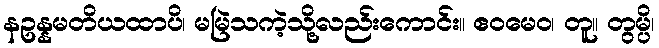
နဥန္နမတိယထာပိ၊ မမြဲသကဲ့သို့လည်းကောင်း။ ဧဝမေဝ၊ တူ။ တွမ္ပိ၊